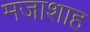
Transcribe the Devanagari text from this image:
मजाशाह